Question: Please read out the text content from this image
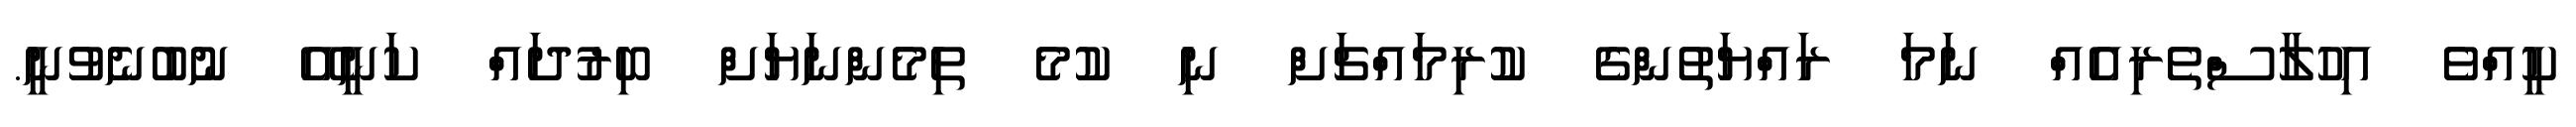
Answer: ކީއްވެ އިހުލާސްތެރިއެއް ނަމަ ރައްޔަތުންގެ ކުރިމައްޗަށް ނި ކުމެ ތިމެންނަޔަށް ބިރުދައް ކަނީއޭ ނުބުނެވުނީ.